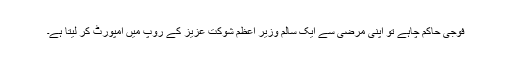
فوجی حاکم چاہے تو اپنی مرضی سے ایک سالم وزیر اعظم شوکت عزیز کے روپ میں امپورٹ کر لیتا ہے۔